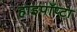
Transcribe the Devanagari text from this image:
हाइपॉप्टा